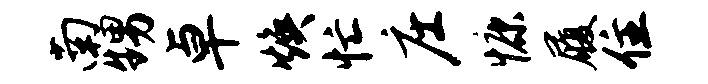
南甥卓焕忙庄慷履住